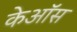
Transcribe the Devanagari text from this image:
केऑस